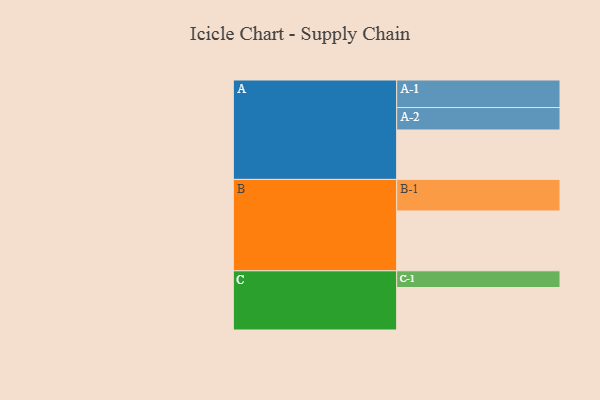
{"axis": {"x": "Segment", "y": "Value"}, "legend": ["", "A", "B", "C"], "data": [{"x": "A", "y": 456, "type": ""}, {"x": "B", "y": 552, "type": ""}, {"x": "C", "y": 392, "type": ""}, {"x": "A-1", "y": 254, "type": "A"}, {"x": "A-2", "y": 207, "type": "A"}, {"x": "B-1", "y": 291, "type": "B"}, {"x": "C-1", "y": 154, "type": "C"}]}